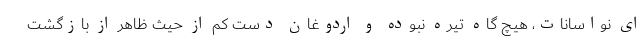
ای نواسانات، هیچ گاه تیره نبوده و اردوغان دست کم از حیث ظاهر از بازگشت